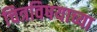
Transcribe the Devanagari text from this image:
चित्रविषयाच्या